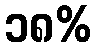
၁၈%